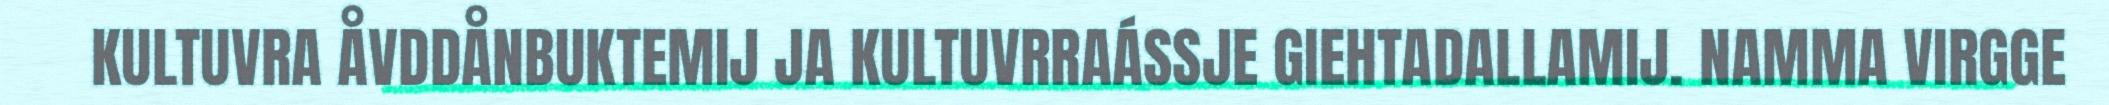
KULTUVRA ÅVDDÅNBUKTEMIJ JA KULTUVRRAÁSSJE GIEHTADALLAMIJ. NAMMA VIRGGE